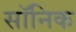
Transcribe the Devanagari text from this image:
सॉनिक